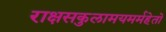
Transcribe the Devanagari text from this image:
राक्षसकुलामयमर्महेतो